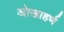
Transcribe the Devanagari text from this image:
ओखाहर्ण